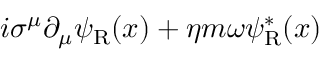
i \sigma ^ { \mu } \partial _ { \mu } \psi _ { \mathrm { { R } } } ( x ) + \eta m \omega \psi _ { \mathrm { { R } } } ^ { * } ( x )